Scientific memoirs by medical officers of the Army of India - Part II,
Year: 1886
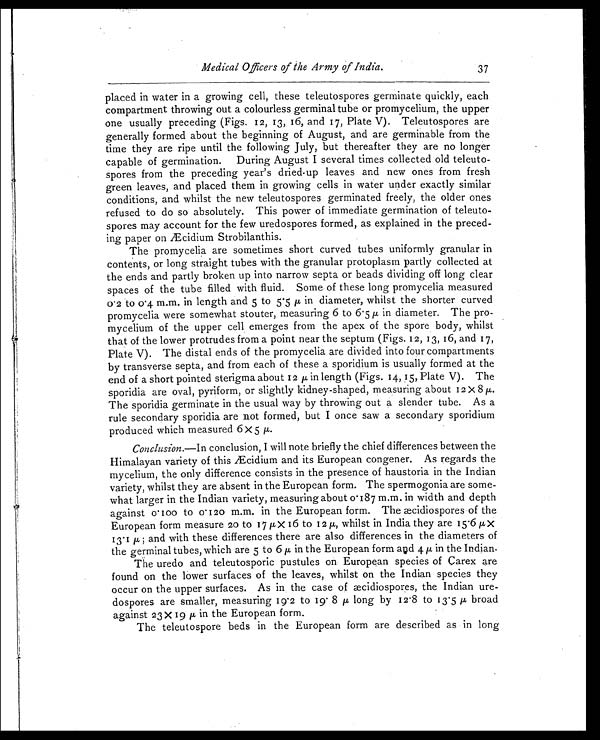
Medical Officers of the Army of India.
37
placed in water in a growing cell, these teleutospores germinate quickly, each
compartment throwing out a colourless germinal tube or promycelium, the upper
one usually preceding (Figs. 12, 13, 16, and 17, Plate V). Teleutospores are
generally formed about the beginning of August, and are germinable from the
time they are ripe until the following July, but thereafter they are no longer
capable of germination. During August I several times collected old teleuto-
spores from the preceding year's dried-up leaves and new ones from fresh
green leaves, and placed them in growing cells in water under exactly similar
conditions, and whilst the new teleutospores germinated freely, the older ones
refused to do so absolutely. This power of immediate germination of teleuto-
spores may account for the few uredospores formed, as explained in the preced-
ing paper on Æcidium Strobilanthis.
The promycelia are sometimes short curved tubes uniformly granular in
contents, or long straight tubes with the granular protoplasm partly collected at
the ends and partly broken up into narrow septa or beads dividing off long clear
spaces of the tube filled with fluid. Some of these long promycelia measured
0.2 to 0.4. m.m. in length and 5 to 5.5 µ in diameter, whilst the shorter curved
promycelia were somewhat stouter, measuring 6 to 6.5 µ in diameter. The pro-
mycelium of the upper cell emerges from the apex of the spore body, whilst
that of the lower protrudes from a point near the septum (Figs. 12, 13, 16, and 17,
Plate V). The distal ends of the promycelia are divided into four compartments
by transverse septa, and from each of these a sporidium is usually formed at the
end of a short pointed sterigma about 12 µ in length (Figs. 14, 15, Plate V). The
sporidia are oval, pyriform, or slightly kidney-shaped, measuring about 12 X 8 µ
The sporidia germinate in the usual way by throwing out a slender tube. As a
rule secondary sporidia are not formed, but I once saw a secondary sporidium
produced which measured 6 x 5 µ
Conclusion. —In conclusion, I will note briefly the chief differences between the
Himalayan variety of this Æcidium and its European congener. As regards the
mycelium, the only difference consists in the presence of haustoria in the Indian
variety, whilst they are absent in the European form. The spermogonia are some-
what larger in the Indian variety, measuring about 0.187 m.m. in width and depth
against 0.100 to 0.120 m.m. in the European form. The æcidiospores of the
European form measure 20 to 17µ x 16 to 12 µ,w h i l s t i n I n d i a t h e y a r e 1 5 . 6 µX
13.1 µ ; and with these differences there are also differences in the diameters of
the germinal tubes, which are 5 to 6 µ in the European form and 4 µ in the Indian.
The uredo and teleutosporic pustules on European species of Carex are
found on the lower surfaces of the leaves, whilst on the Indian species they
occur on the upper surfaces. As in the case of æcidiospores, the Indian ure-
dospores are smaller, measuring 19.2 to 19.8 µ long by 12.8 to 13.5 µ broad
against 23 x 19 µ in the European form.
The teleutospore beds in the European form are described as in long